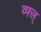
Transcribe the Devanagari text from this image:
व्फ्ल्